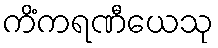
ကိံကရဏီယေသု